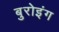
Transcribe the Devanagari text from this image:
बुरोइंग